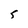
Character: 5